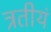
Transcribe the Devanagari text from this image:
त्रतीयं